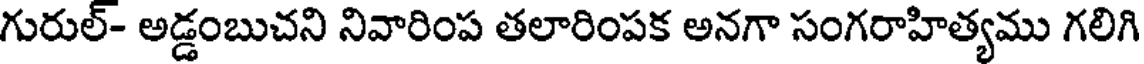
గురుల్- అడ్డంబుచని నివారింప తలారింపక అనగా సంగరాహిత్యము గలిగి